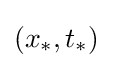
(x_{*},t_{*})